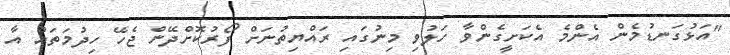
"އަޅުގަނޑުމެން އެންމެ އެކަށީގެންވާ ހަލުވި މިނުގައި ރައްޔިތުނަށް ފޯރުކޮށްދޭން ޖެހޭ ހިދުމަތައް އާ